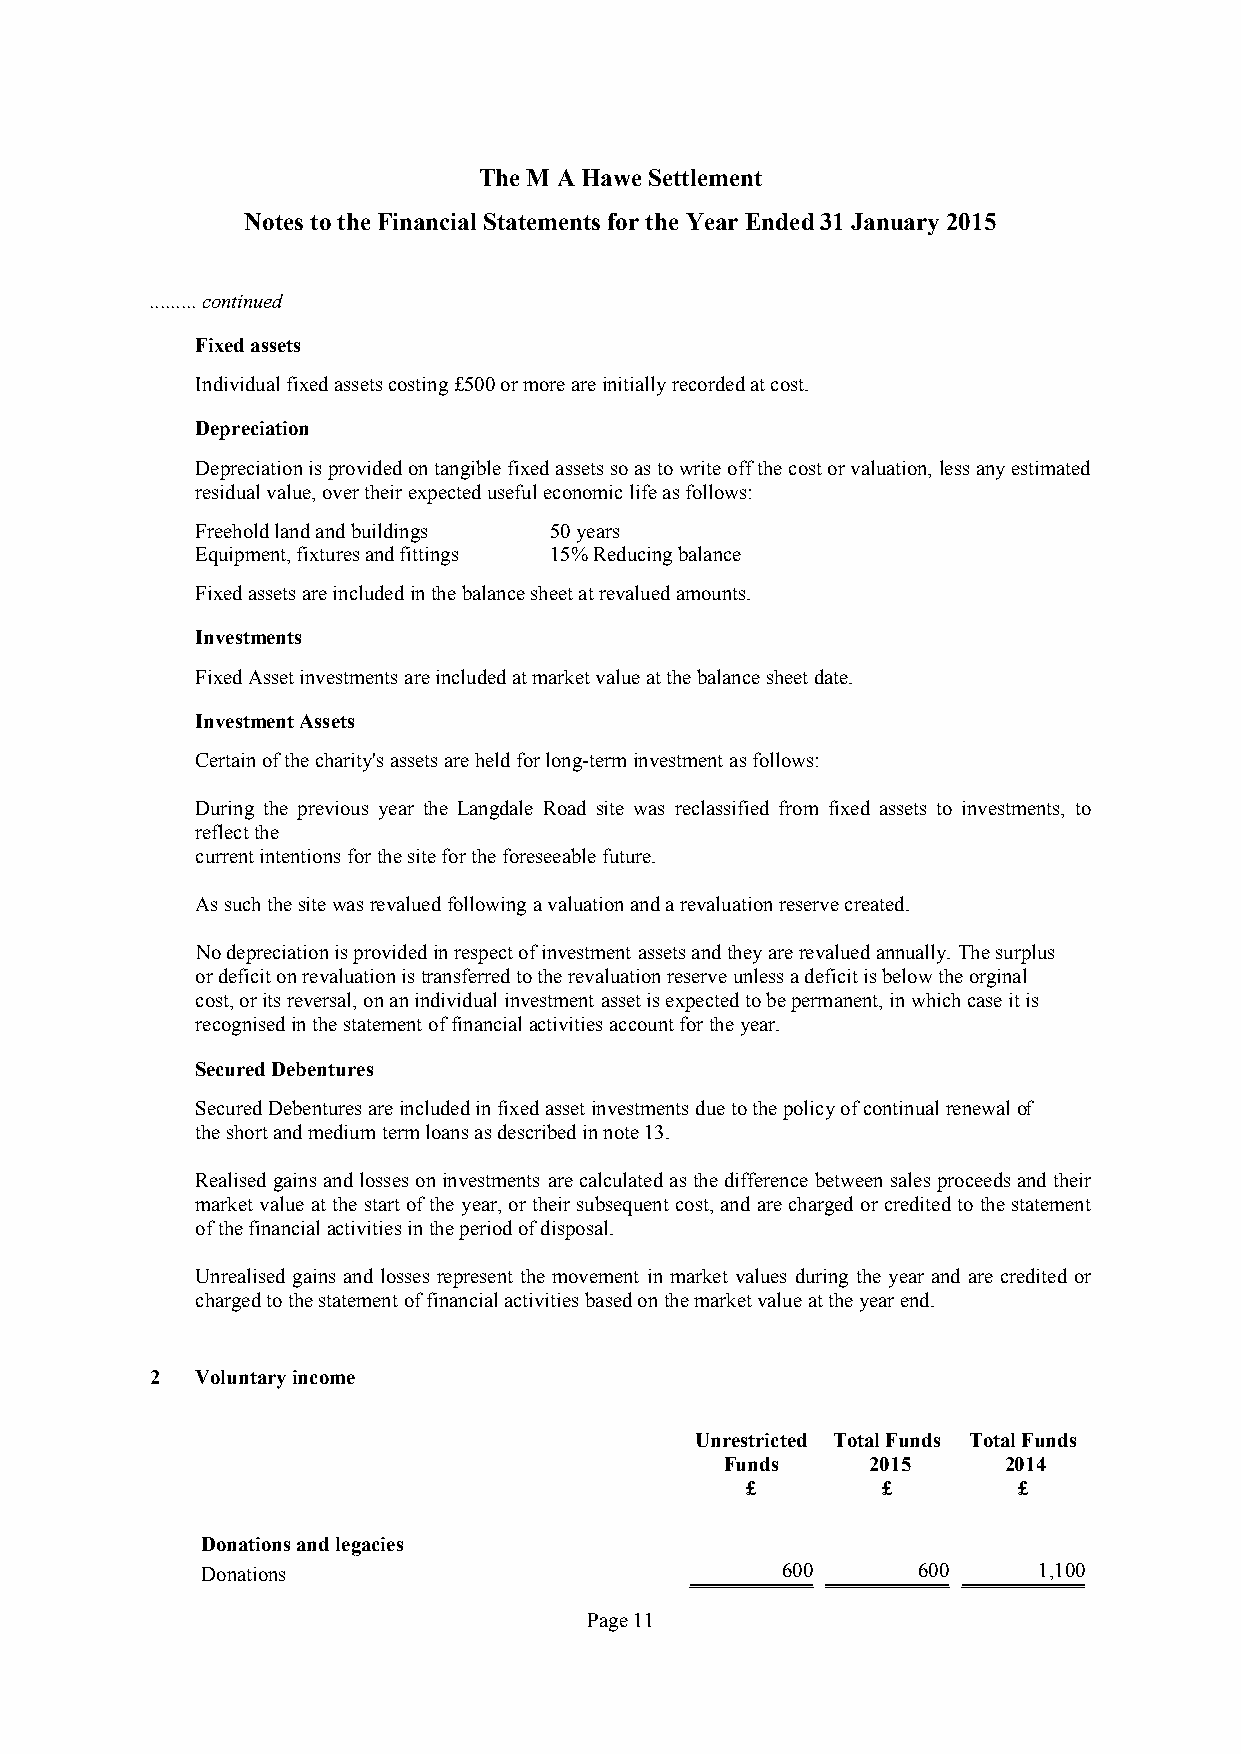
The M A Hawe Settlement
 Notes to the Financial Statements for the Year Ended31 January 2015
 .........continued
 Fixed assets
 Individualfixedassetscosting£500ormoreareinitiallyrecordedatcost.
 Depreciation
 Depreciationisprovidedontangiblefixedassetssoastowrite offthecostorvaluation,lessanyestimated
 residualvalue,overtheirexpectedusefuleconomiclifeasfollows:
 Freehold land and buildings 50 years
 Equipment, fixtures and fittings 15% Reducing balance
 Fixedassetsareincludedinthebalancesheetatrevaluedamounts.
 Investments
 FixedAssetinvestments areincludedatmarketvalueatthebalancesheetdate.
 Investment Assets
 Certainofthecharity'sassetsareheldforlong-terminvestmentasfollows:
 During the previous year the Langdale Road site was reclassified from fixed assets to investments, to
 reflectthe
 currentintentionsforthesitefortheforeseeablefuture.
 Assuchthesitewasrevaluedfollowingavaluationandarevaluationreservecreated.
 No depreciationisprovidedinrespectofinvestment assetsandtheyarerevaluedannually.Thesurplus
 ordeficitonrevaluationistransferredtotherevaluationreserveunlessadeficitisbelowtheorginal
 cost,oritsreversal,onanindividualinvestment assetisexpectedtobepermanent,inwhichcaseitis
 recognisedinthestatementoffinancialactivitiesaccountfortheyear.
 Secured Debentures
 SecuredDebenturesareincludedinfixedassetinvestments duetothepolicyofcontinualrenewalof
 theshortandmediumtermloansasdescribedinnote13.
 Realised gains andlossesoninvestments arecalculated asthe difference between salesproceedsandtheir
 market value atthe startofthe year, ortheir subsequent cost, and arecharged orcreditedto the statement
 ofthefinancialactivitiesintheperiodofdisposal.
 Unrealised gains and losses represent the movement in market values during the year and are credited or
 chargedtothestatementoffinancialactivitiesbasedonthemarketvalueattheyear end.
 2  Voluntaryincome
 Unrestricted Total Funds Total Funds
 Funds     2015    2014
 £        £        £
 Donations and legacies
 Donations                              600      600     1,100
 Page11